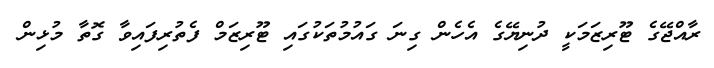
ރާއްޖޭގެ ޓޫރިޒަމަކީ ދުނިޔޭގެ އެހެން ގިނަ ގައުމުތަކުގައި ޓޫރިޒަމް ފެތުރިފައިވާ ގޮތާ މުޅިން